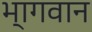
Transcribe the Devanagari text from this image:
भ्‍ागवान